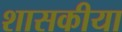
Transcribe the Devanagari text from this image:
शासकीया